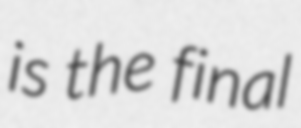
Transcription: is the final